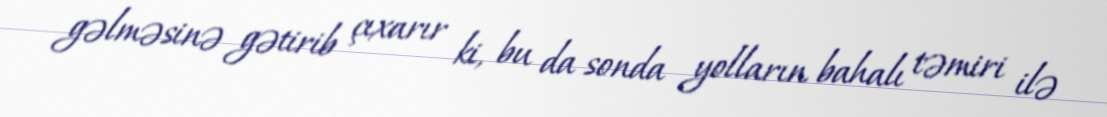
gəlməsinə gətirib çıxarır ki, bu da sonda yolların bahalı təmiri ilə